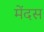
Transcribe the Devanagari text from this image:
मेंदस